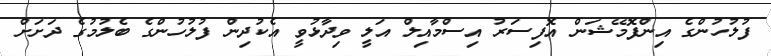
ފުލުހުންގެ އިންފޮމޭޝަން އޮފިސަރު އިސްމާއިލް އަލީ ވިދާޅުވީ އެކުދިން ފުލުހުންގެ ބެލުމުގެ ދަށަށް